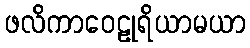
ဖလိကာဝေဠုရိယာမယာ